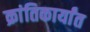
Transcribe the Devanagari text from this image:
क्रांतिकार्यांत